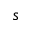
s